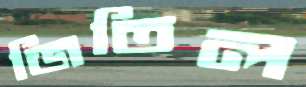
জিতিল